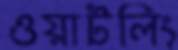
ওয়াটলিং